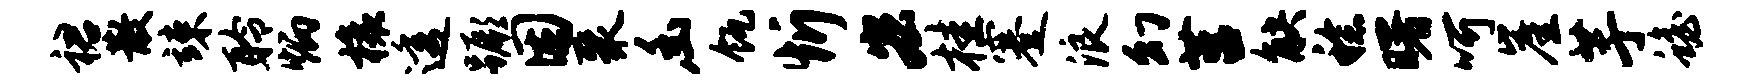
裙散竦聆炳榱透蹶困聚幽瓴忻宏桂蹇浪幻莒觖稔曙呵崖芋蟾